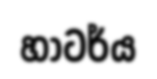
හාටර්ය